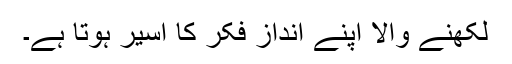
لکھنے والا اپنے انداز فکر کا اسیر ہوتا ہے۔